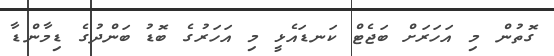
ގޮތުން މި އަހަރަށް ބަޖެޓް ކަނޑައެޅީ މި އަހަރުގެ ބޮޑު ބަންދުގެ ޑިމާންޑާ